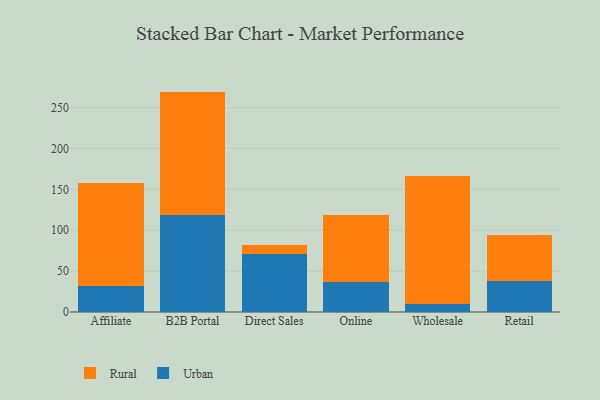
{"axis": {"x": "Channel", "y": "Page Views"}, "legend": ["Rural", "Urban"], "data": [{"x": "Affiliate", "y": 31.6, "type": "Urban"}, {"x": "Affiliate", "y": 126.4, "type": "Rural"}, {"x": "B2B Portal", "y": 118.5, "type": "Urban"}, {"x": "B2B Portal", "y": 151.0, "type": "Rural"}, {"x": "Direct Sales", "y": 70.9, "type": "Urban"}, {"x": "Direct Sales", "y": 11.5, "type": "Rural"}, {"x": "Online", "y": 36.4, "type": "Urban"}, {"x": "Online", "y": 82.7, "type": "Rural"}, {"x": "Wholesale", "y": 10.0, "type": "Urban"}, {"x": "Wholesale", "y": 156.9, "type": "Rural"}, {"x": "Retail", "y": 37.4, "type": "Urban"}, {"x": "Retail", "y": 57.1, "type": "Rural"}]}